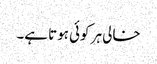
خالی ہر کوئی ہوتا ہے۔